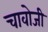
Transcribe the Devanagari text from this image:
चावोजी